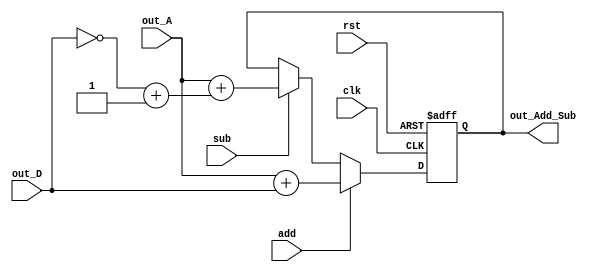
`timescale 1ns/1ns
module Add_Sub(input clk,rst,input [6:0]out_A,out_D,input add,sub,output reg [6:0]out_Add_Sub);
  reg [6:0]out_add,out_sub;
  always@(posedge clk,posedge rst) begin
    if(rst) out_Add_Sub=7'b 0000000;
    else begin
    out_add = out_A + out_D;
    out_sub = out_A + (~out_D + 1'b1);
    if(add) out_Add_Sub=out_add;
    else if(sub) out_Add_Sub=out_sub;
    end
  end
endmodule